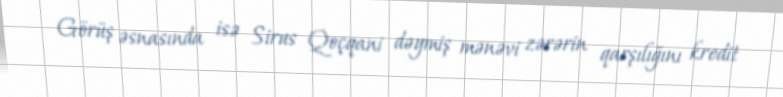
Görüş əsnasında isə Sirus Qoçqani dəymiş mənəvi zərərin qarşılığını kredit